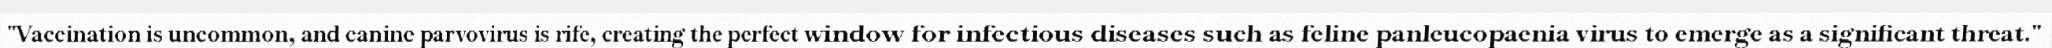
"Vaccination is uncommon, and canine parvovirus is rife, creating the perfect window for infectious diseases such as feline panleucopaenia virus to emerge as a significant threat."